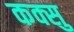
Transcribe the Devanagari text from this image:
कक्सु